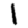
Digit: 1